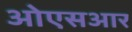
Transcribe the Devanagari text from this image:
ओएसआर